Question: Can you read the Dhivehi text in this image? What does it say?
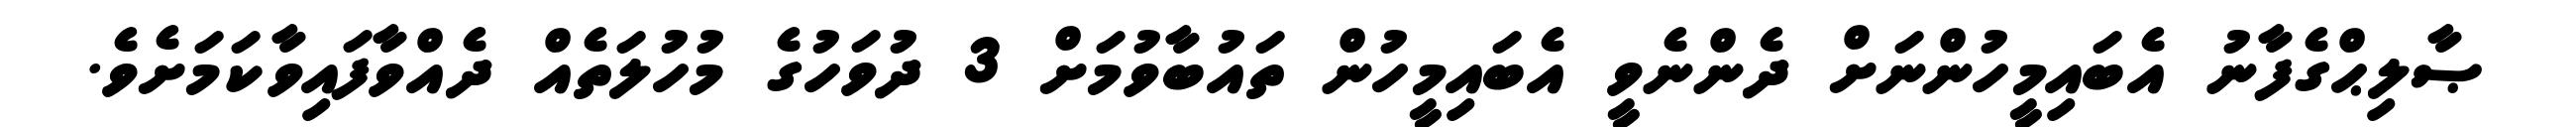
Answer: ޞާލިޙްގެފާނު އެބައިމީހުންނަށް ދެންނެވީ އެބައިމީހުން ތައުބާވުމަށް 3 ދުވަހުގެ މުހުލަތެއް ދެއްވާފައިވާކަމަށެވެ.